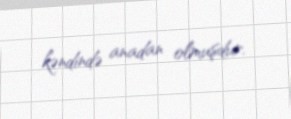
kəndində anadan olmuşdur.